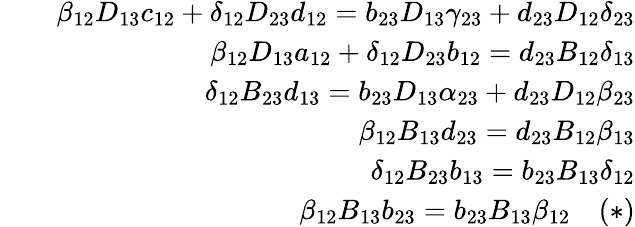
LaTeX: \begin{array}{rlr}&{}&{\beta_{12}D_{13}c_{12}+\delta_{12}D_{23}d_{12}=b_{23}D_{13}\gamma_{23}+d_{23}D_{12}\delta_{23}}\\ &{}&{\beta_{12}D_{13}a_{12}+\delta_{12}D_{23}b_{12}=d_{23}B_{12}\delta_{13}}\\ &{}&{\delta_{12}B_{23}d_{13}=b_{23}D_{13}\alpha_{23}+d_{23}D_{12}\beta_{23}}\\ &{}&{\beta_{12}B_{13}d_{23}=d_{23}B_{12}\beta_{13}}\\ &{}&{\delta_{12}B_{23}b_{13}=b_{23}B_{13}\delta_{12}}\\ &{}&{\beta_{12}B_{13}b_{23}=b_{23}B_{13}\beta_{12}\quad(*)}\end{array}